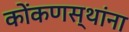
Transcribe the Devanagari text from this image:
कोंकणस्थांना